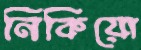
নিকিয়ো